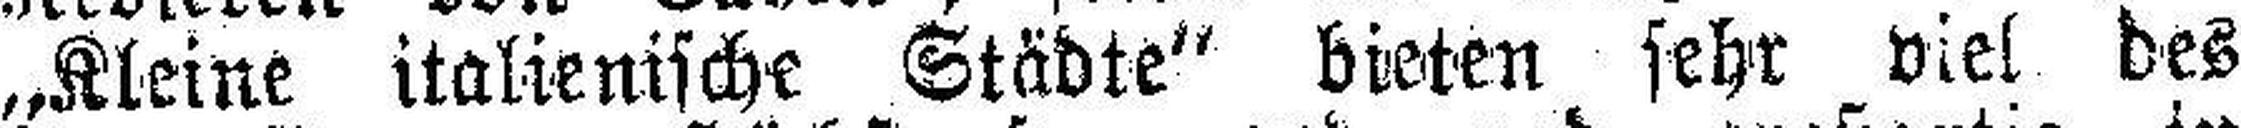
„Kleine italienische Städte“ bieten sehr viel des